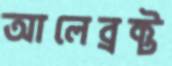
আলেব্রক্ট